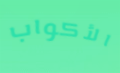
الأكواب